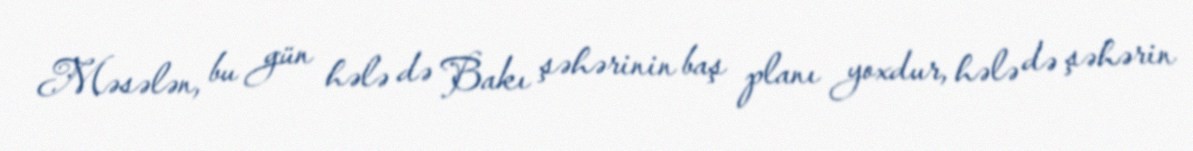
Məsələn, bu gün hələ də Bakı şəhərinin baş planı yoxdur, hələ də şəhərin